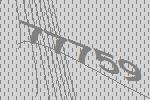
77759